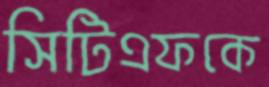
সিটিএফকে